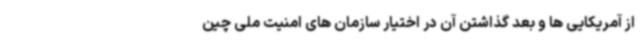
از آمریکایی ها و بعد گذاشتن آن در اختیار سازمان های امنیت ملی چین